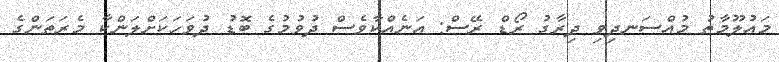
މައުލޫމާތު މުއްސަނދިވި ދިރާގު ރޯޑް ރޭސް: އަނެއްކާވެސް ދުވުމުގެ ބޮޑު ދުވަހަކަށްލަންކާ މެރަތަންގެ